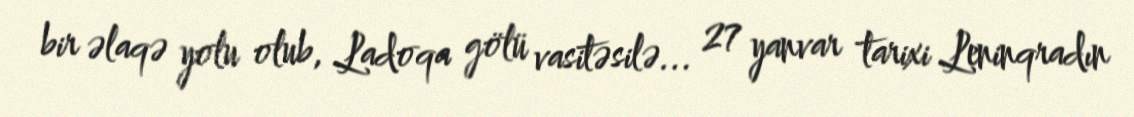
bir əlaqə yolu olub, Ladoqa gölü vasitəsilə... 27 yanvar tarixi Leninqradın